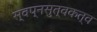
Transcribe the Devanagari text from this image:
स्वप्नसुत्वकत्व